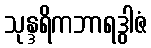
သုန္ဒရိကဘာရဒွါဇံ